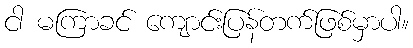
ငါ မကြာခင် ကျောင်းပြန်တက်ဖြစ်မှာပါ။